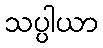
သပ္ပါယာ